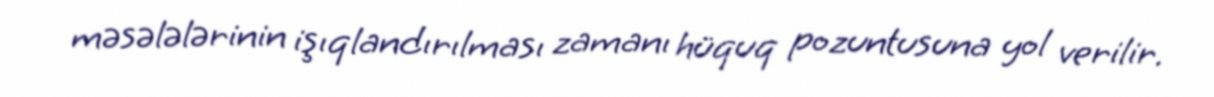
məsələlərinin işıqlandırılması zamanı hüquq pozuntusuna yol verilir.